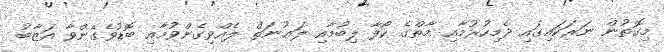
މިގޮތުން ނަރަކައިގައި ދެމިހުރުމާއި މާތްގެ ކޯފާ ލިބުމާއި ލަޢުނަތް ލެއްވިގެންވުމާއި ބޮޑުވެގެންވާ އަޒާބު